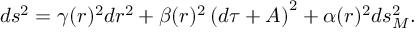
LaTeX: d s ^ { 2 } = \gamma ( r ) ^ { 2 } d r ^ { 2 } + \beta ( r ) ^ { 2 } \left( d \tau + A \right) ^ { 2 } + \alpha ( r ) ^ { 2 } { d s _ { M } ^ { 2 } } .